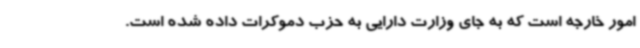
امور خارجه است که به جای وزارت دارایی به حزب دموکرات داده شده است.